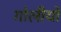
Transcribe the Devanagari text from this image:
गोलीयों